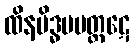
ထိနမိဒ္ဓမပတ္ထဋေ